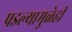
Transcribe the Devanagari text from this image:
पडल्यामुळेही